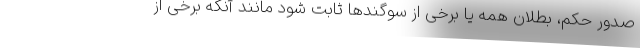
صدور حکم، بطلان همه یا برخی از سوگندها ثابت شود مانند آنکه برخی از